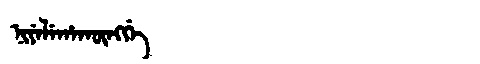
Manchu: ᠨᡳᠶᡝᠯᡝᡥᠠᡴᡡᠩᡤᡝ
Romanization: NIYELEHAKŪNGGE